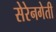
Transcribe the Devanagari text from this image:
सेरेनगेती